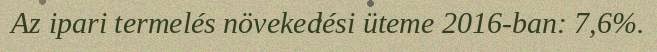
Az ipari termelés növekedési üteme 2016-ban: 7,6%.